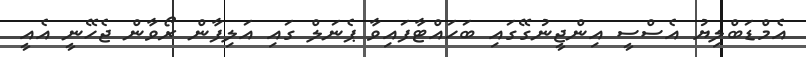
އެމްޑަބްލިޔު އެސްސީ އިންޖީނުގޭގައި ބަހައްޓާފައިވާ ޕެނަލް ގައި އަލިފާން ރޯވާން ޖެހޭނީ އެއީ